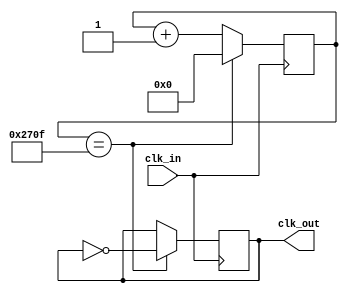
`timescale 1ns / 1ps
//////////////////////////////////////////////////////////////////////////////////
// Company: 
// Engineer: 
// 
// Design Name: 
// Module Name:    freqDivider1 
// Project Name: 
// Target Devices: 
// Tool versions: 
// Description: 
//
// Dependencies: 
//
// Revision: 
// Revision 0.01 - File Created
// Additional Comments: 
//
//////////////////////////////////////////////////////////////////////////////////
module freqDivider1(clk_in,clk_out);
input clk_in;
output clk_out;
reg clk_out;
reg [25:0] counter = 0;

	always @(posedge clk_in)begin
		if(counter == 10000 - 1)
			begin 
				counter <= 0;
				clk_out <= ~clk_out;
			end
		else
			begin
				counter <= counter + 1;
			end
	end

endmodule